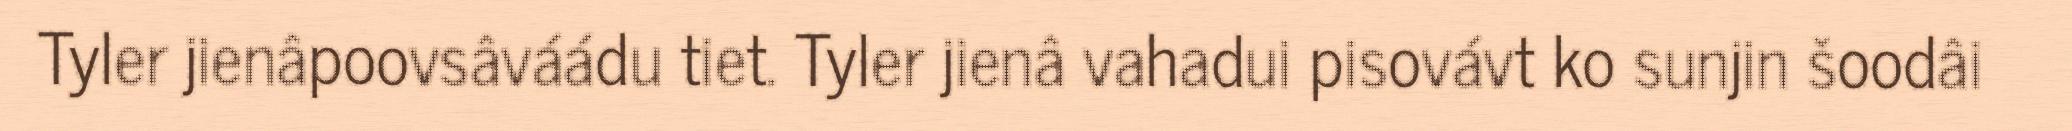
Tyler jienâpoovsâváádu tiet. Tyler jienâ vahadui pisovávt ko sunjin šoodâi